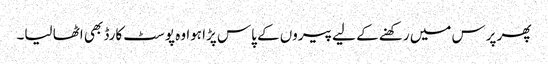
پھر پرس میں رکھنے کے لیے پیروں کے پاس پڑا ہوا وہ پوسٹ کارڈ بھی اٹھا لیا۔